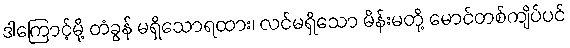
ဒါကြောင့်မို့ တံခွန် မရှိသောရထား၊ လင်မရှိသော မိန်းမတို့ မောင်တစ်ကျိပ်ပင်